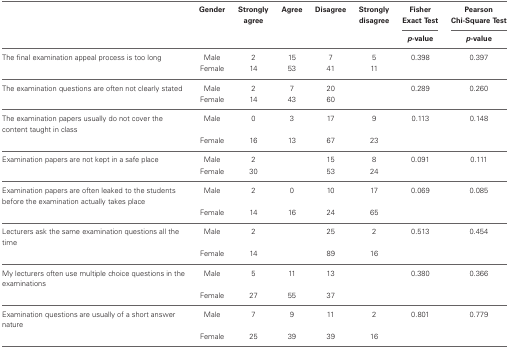
|  | Gender | Strongly agree | Agree | Disagree | Strongly disagree | Fisher Exact Test | Pearson Chi-Square Test |
 |  |  |  |  |  |  | p-value | p-value |
 | --- | --- | --- | --- | --- | --- | --- | --- |
 | The final examination appeal process is too long | Male | 2 | 15 | 7 | 5 | 0.398 | 0.397 |
 |  | Female | 14 | 53 | 41 | 11 |  |  |
 | The examination questions are often not clearly stated | Male | 2 | 7 | 20 |  | 0.289 | 0.260 |
 |  | Female | 14 | 43 | 60 |  |  |  |
 | The examination papers usually do not cover the content taught in class | Male | 0 | 3 | 17 | 9 | 0.113 | 0.148 |
 |  | Female | 16 | 13 | 67 | 23 |  |  |
 | Examination papers are not kept in a safe place | Male | 2 |  | 15 | 8 | 0.091 | 0.111 |
 |  | Female | 30 |  | 53 | 24 |  |  |
 | Examination papers are often leaked to the students before the examination actually takes place | Male | 2 | 0 | 10 | 17 | 0.069 | 0.085 |
 |  | Female | 14 | 16 | 24 | 65 |  |  |
 | Lecturers ask the same examination questions all the time | Male | 2 |  | 25 | 2 | 0.513 | 0.454 |
 |  | Female | 14 |  | 89 | 16 |  |  |
 | My lecturers often use multiple choice questions in the examinations | Male | 5 | 11 | 13 |  | 0.380 | 0.366 |
 |  | Female | 27 | 55 | 37 |  |  |  |
 | Examination questions are usually of a short answer nature | Male | 7 | 9 | 11 | 2 | 0.801 | 0.779 |
 |  | Female | 25 | 39 | 39 | 16 |  |  |